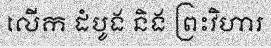
លើក ដំបូង និង ព្រះវិហារ